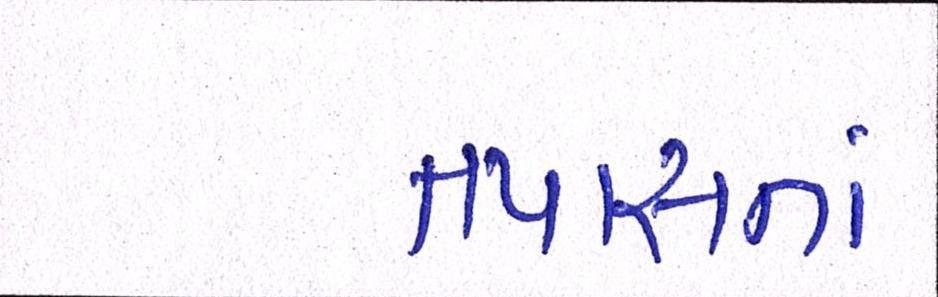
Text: તપાસતાં